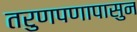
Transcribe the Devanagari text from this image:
तरुणपणापासुन